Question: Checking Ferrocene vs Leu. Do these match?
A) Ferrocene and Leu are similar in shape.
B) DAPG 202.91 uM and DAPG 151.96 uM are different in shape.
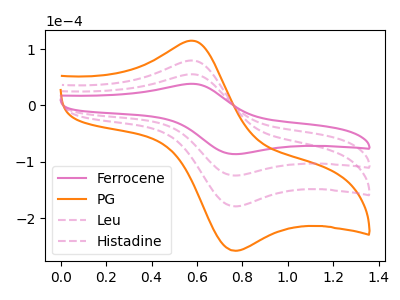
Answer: <think>The pink curve "Ferrocene" has an anodic peak at (0.60V, 38.45uA) and a cathodic peak at (0.75V, -86.35uA). The orange curve "PG" has an anodic peak at (0.60V, 166.15uA) and a cathodic peak at (0.75V, -373.15uA). The pink dashed curve "Leu" has an anodic peak at (0.60V, 55.40uA) and a cathodic peak at (0.75V, -124.40uA). The pink dashed curve "Histadine" has an anodic peak at (0.60V, 110.75uA) and a cathodic peak at (0.75V, -248.80uA).
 All the peaks in "Ferrocene" have a peak in "Leu" at the same potential. Every peak in "Ferrocene" is lower than every peak in "Leu".</think>
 <answer>A) "Ferrocene" and "Leu" are similar in shape.</answer>
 <eval>A</eval>